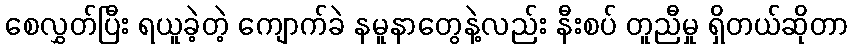
စေလွှတ်ပြီး ရယူခဲ့တဲ့ ကျောက်ခဲ နမူနာတွေနဲ့လည်း နီးစပ် တူညီမှု ရှိတယ်ဆိုတာ